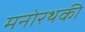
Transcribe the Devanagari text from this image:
मनोरथकी